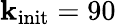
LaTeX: \mathbf{k}_{\textrm{{init}}}=90